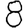
Digit: 8